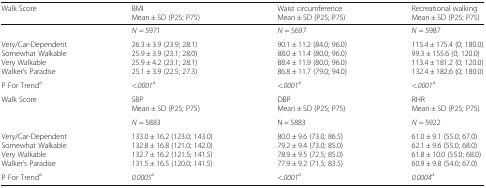
| Walk Score | BMIMean ± SD (P25; P75) | Waist circumferenceMean ± SD (P25; P75) | Recreational walkingMean ± SD (P25; P75) |
 | --- | --- | --- | --- |
 |  | N = 5971 | N = 5697 | N = 5987 |
 | Very/Car-DependentSomewhat WalkableVery WalkableWalker’s Paradise | 26.3 ± 3.9 (23.9; 28.1)25.9 ± 3.9 (23.1; 28.0)25.9 ± 4.2 (23.1; 28.1)25.1 ± 3.9 (22.5; 27.3) | 90.1 ± 11.2 (84.0; 96.0)88.0 ± 11.4 (80.0; 96.0)88.4 ± 11.9 (80.0; 96.0)86.8 ± 11.7 (79.0; 94.0) | 115.4 ± 175.4 (0; 180.0)99.3 ± 155.6 (0; 120.0)113.4 ± 181.2 (0; 120.0)132.4 ± 182.6 (0; 180.0) |
 | P For Trenda | <.0001a | <.0001a | <.0001a |
 | Walk Score | SBPMean ± SD (P25; P75) | DBPMean ± SD (P25; P75) | RHRMean ± SD (P25; P75) |
 |  | N = 5883 | N = 5883 | N = 5922 |
 | Very/Car-DependentSomewhat WalkableVery WalkableWalker’s Paradise | 133.0 ± 16.2 (123.0; 143.0)132.8 ± 16.8 (121.0; 142.0)132.7 ± 16.2 (121.5; 141.5)131.5 ± 16.5 (120.0; 141.5) | 80.0 ± 9.6 (73.0; 86.5)79.2 ± 9.4 (73.0; 85.0)78.9 ± 9.5 (72.5; 85.0)77.9 ± 9.2 (71.5; 83.5) | 61.0 ± 9.1 (55.0; 67.0)62.1 ± 9.6 (55.0; 68.0)61.8 ± 10.0 (55.0; 68.0)60.9 ± 9.8 (54.0; 67.0) |
 | P For Trenda | 0.0005a | <.0001a | 0.0004a |